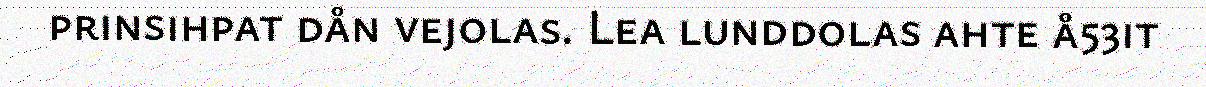
prinsihpat dån vejolas. Lea lunddolas ahte å53it